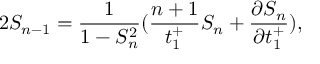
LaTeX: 2 S _ { n - 1 } = \frac { 1 } { 1 - S _ { n } ^ { 2 } } ( \frac { n + 1 } { t _ { 1 } ^ { + } } S _ { n } + \frac { \partial S _ { n } } { \partial t _ { 1 } ^ { + } } ) ,